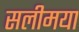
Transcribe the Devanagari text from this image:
सलीमया